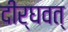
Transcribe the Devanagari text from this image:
दीर्घवत्‌